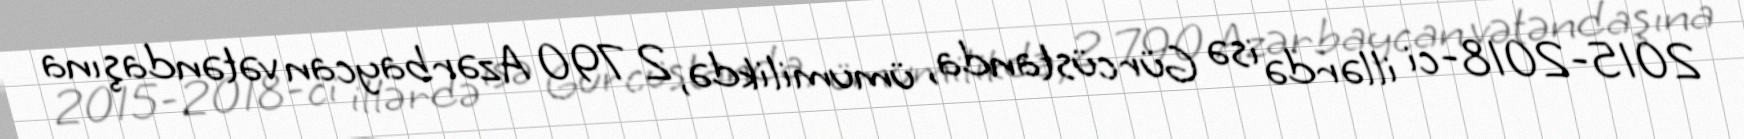
2015-2018-ci illərdə isə Gürcüstanda, ümumilikdə, 2 790 Azərbaycan vətəndaşına